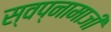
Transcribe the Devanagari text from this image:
स्वप्नामाजी